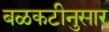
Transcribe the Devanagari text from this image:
बळकटीनुसार